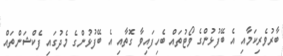
ބާރުވެރިކަމާއި އެ ބޭފުޅުންގެ ވޯޓުތައް ބެހިފައިވާ ގޮތާއި އެ ބޭފުޅުންގެ މެދުގައި ފެކްޝަންތައް